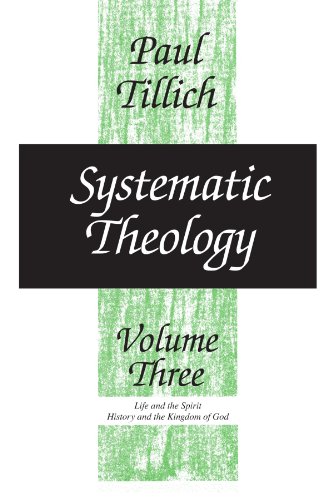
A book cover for Systematic Theology, vol. 3: Life and the Spirit: History and the Kingdom of God; Paul Tillich; Christian Books & Bibles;